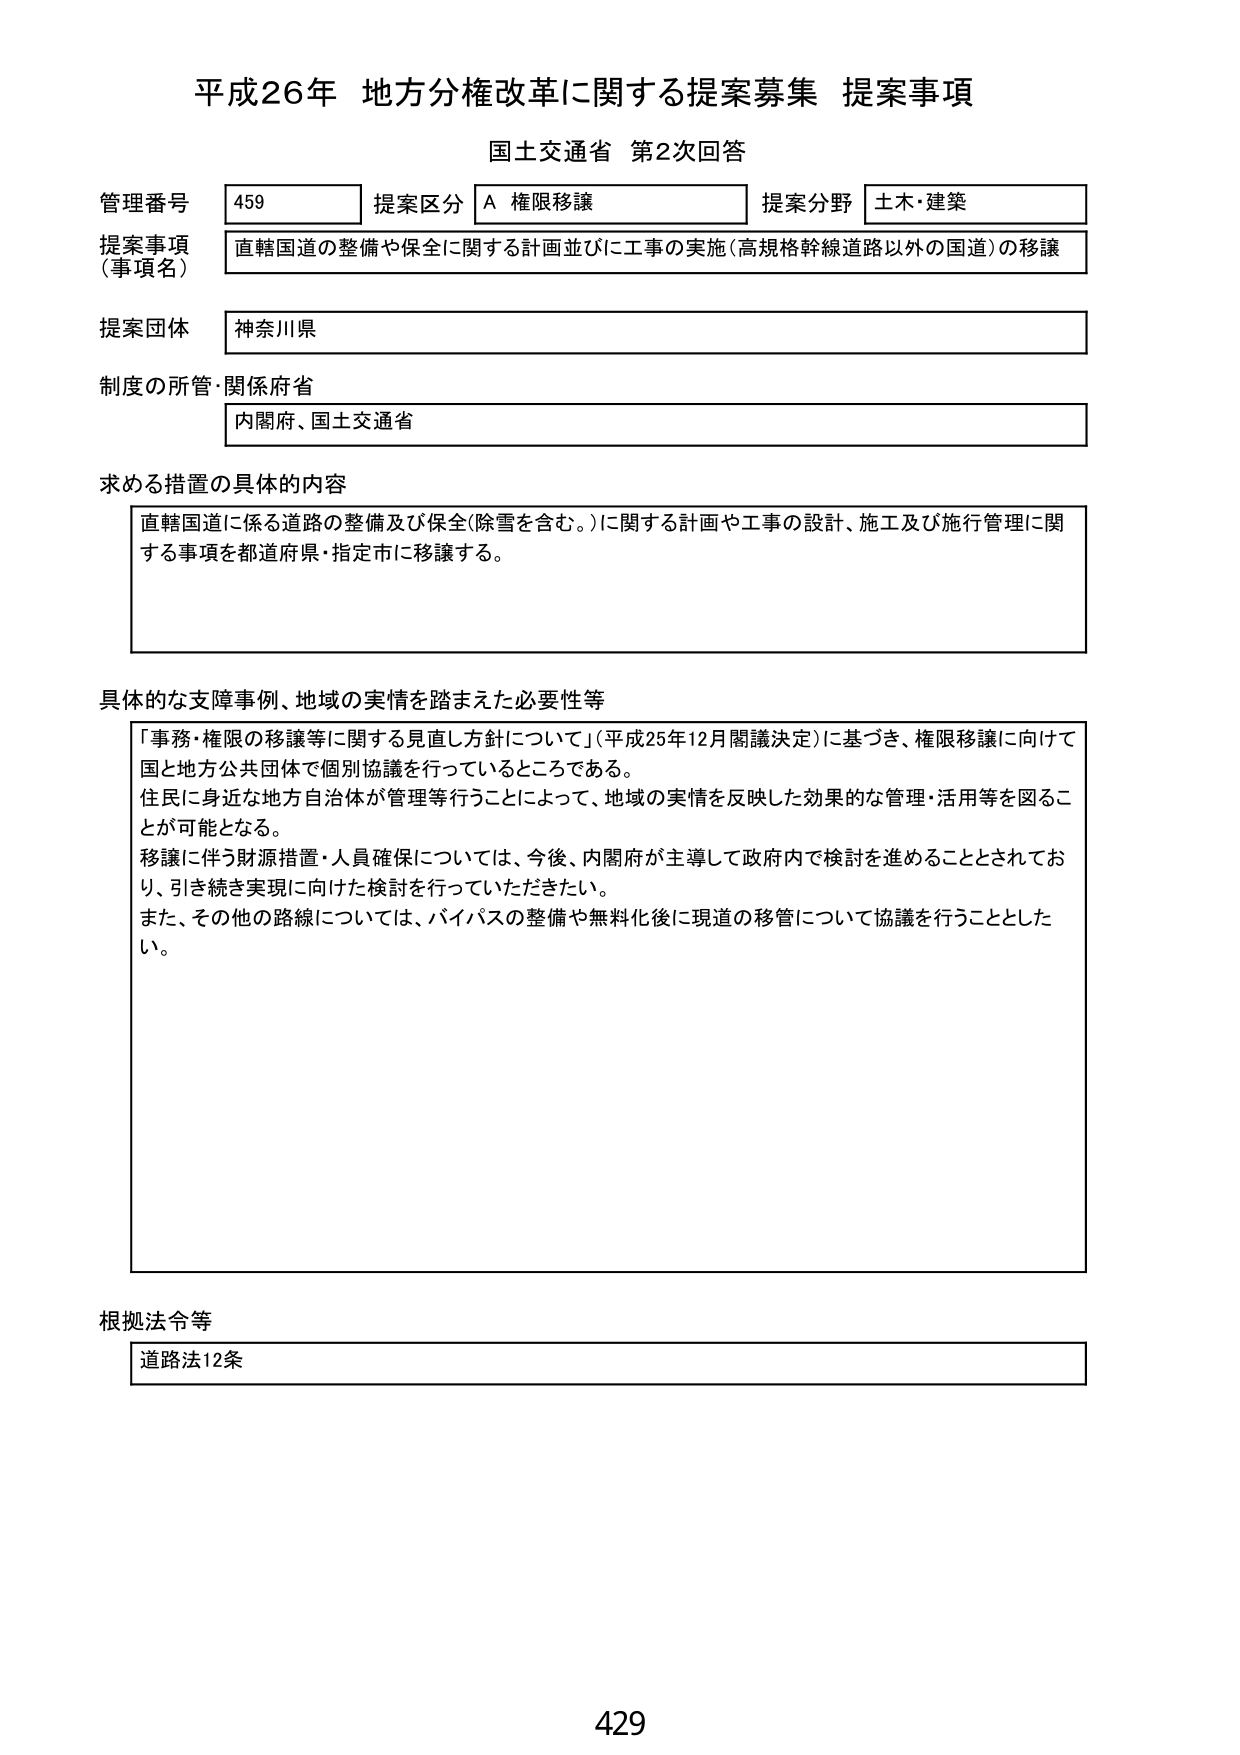
平成26年 地方分権改革に関する提案募集 提案事項
国土交通省 第2次回答

管理番号 459 提案区分 A 権限移譲 提案分野 土木・建築
提案事項（事項名） 直轄国道の整備や保全に関する計画並びに工事の実施（高規格幹線道路以外の国道）の移譲
提案団体 神奈川県
制度の所管・関係府省 内閣府、国土交通省

求める措置の具体的な内容
直轄国道に係る道路の整備及び保全（除雪を含む。）に関する計画や工事の設計、施工及び施行管理に関する事項を都道府県・指定市に移譲する。

具体的な支障事例、地域の実情を踏まえた必要性等
「事務・権限の移譲等に関する見直し方針について」（平成25年12月閣議決定）に基づき、権限移譲に向けて国と地方公共団体で個別協議を行っているところである。
住民に身近な地方自治体が管理等行うことによって、地域の実情を反映した効果的な管理・活用等を図ることが可能となる。
移譲に伴う財源措置・人員確保については、今後、内閣府が主導して政府内で検討を進めることとされており、引き続き実現に向けた検討を行っていただきたい。
また、その他の路線については、バイパスの整備や無料化後に現道の移管について協議を行うこととした。

根拠法令等
道路法12条

429